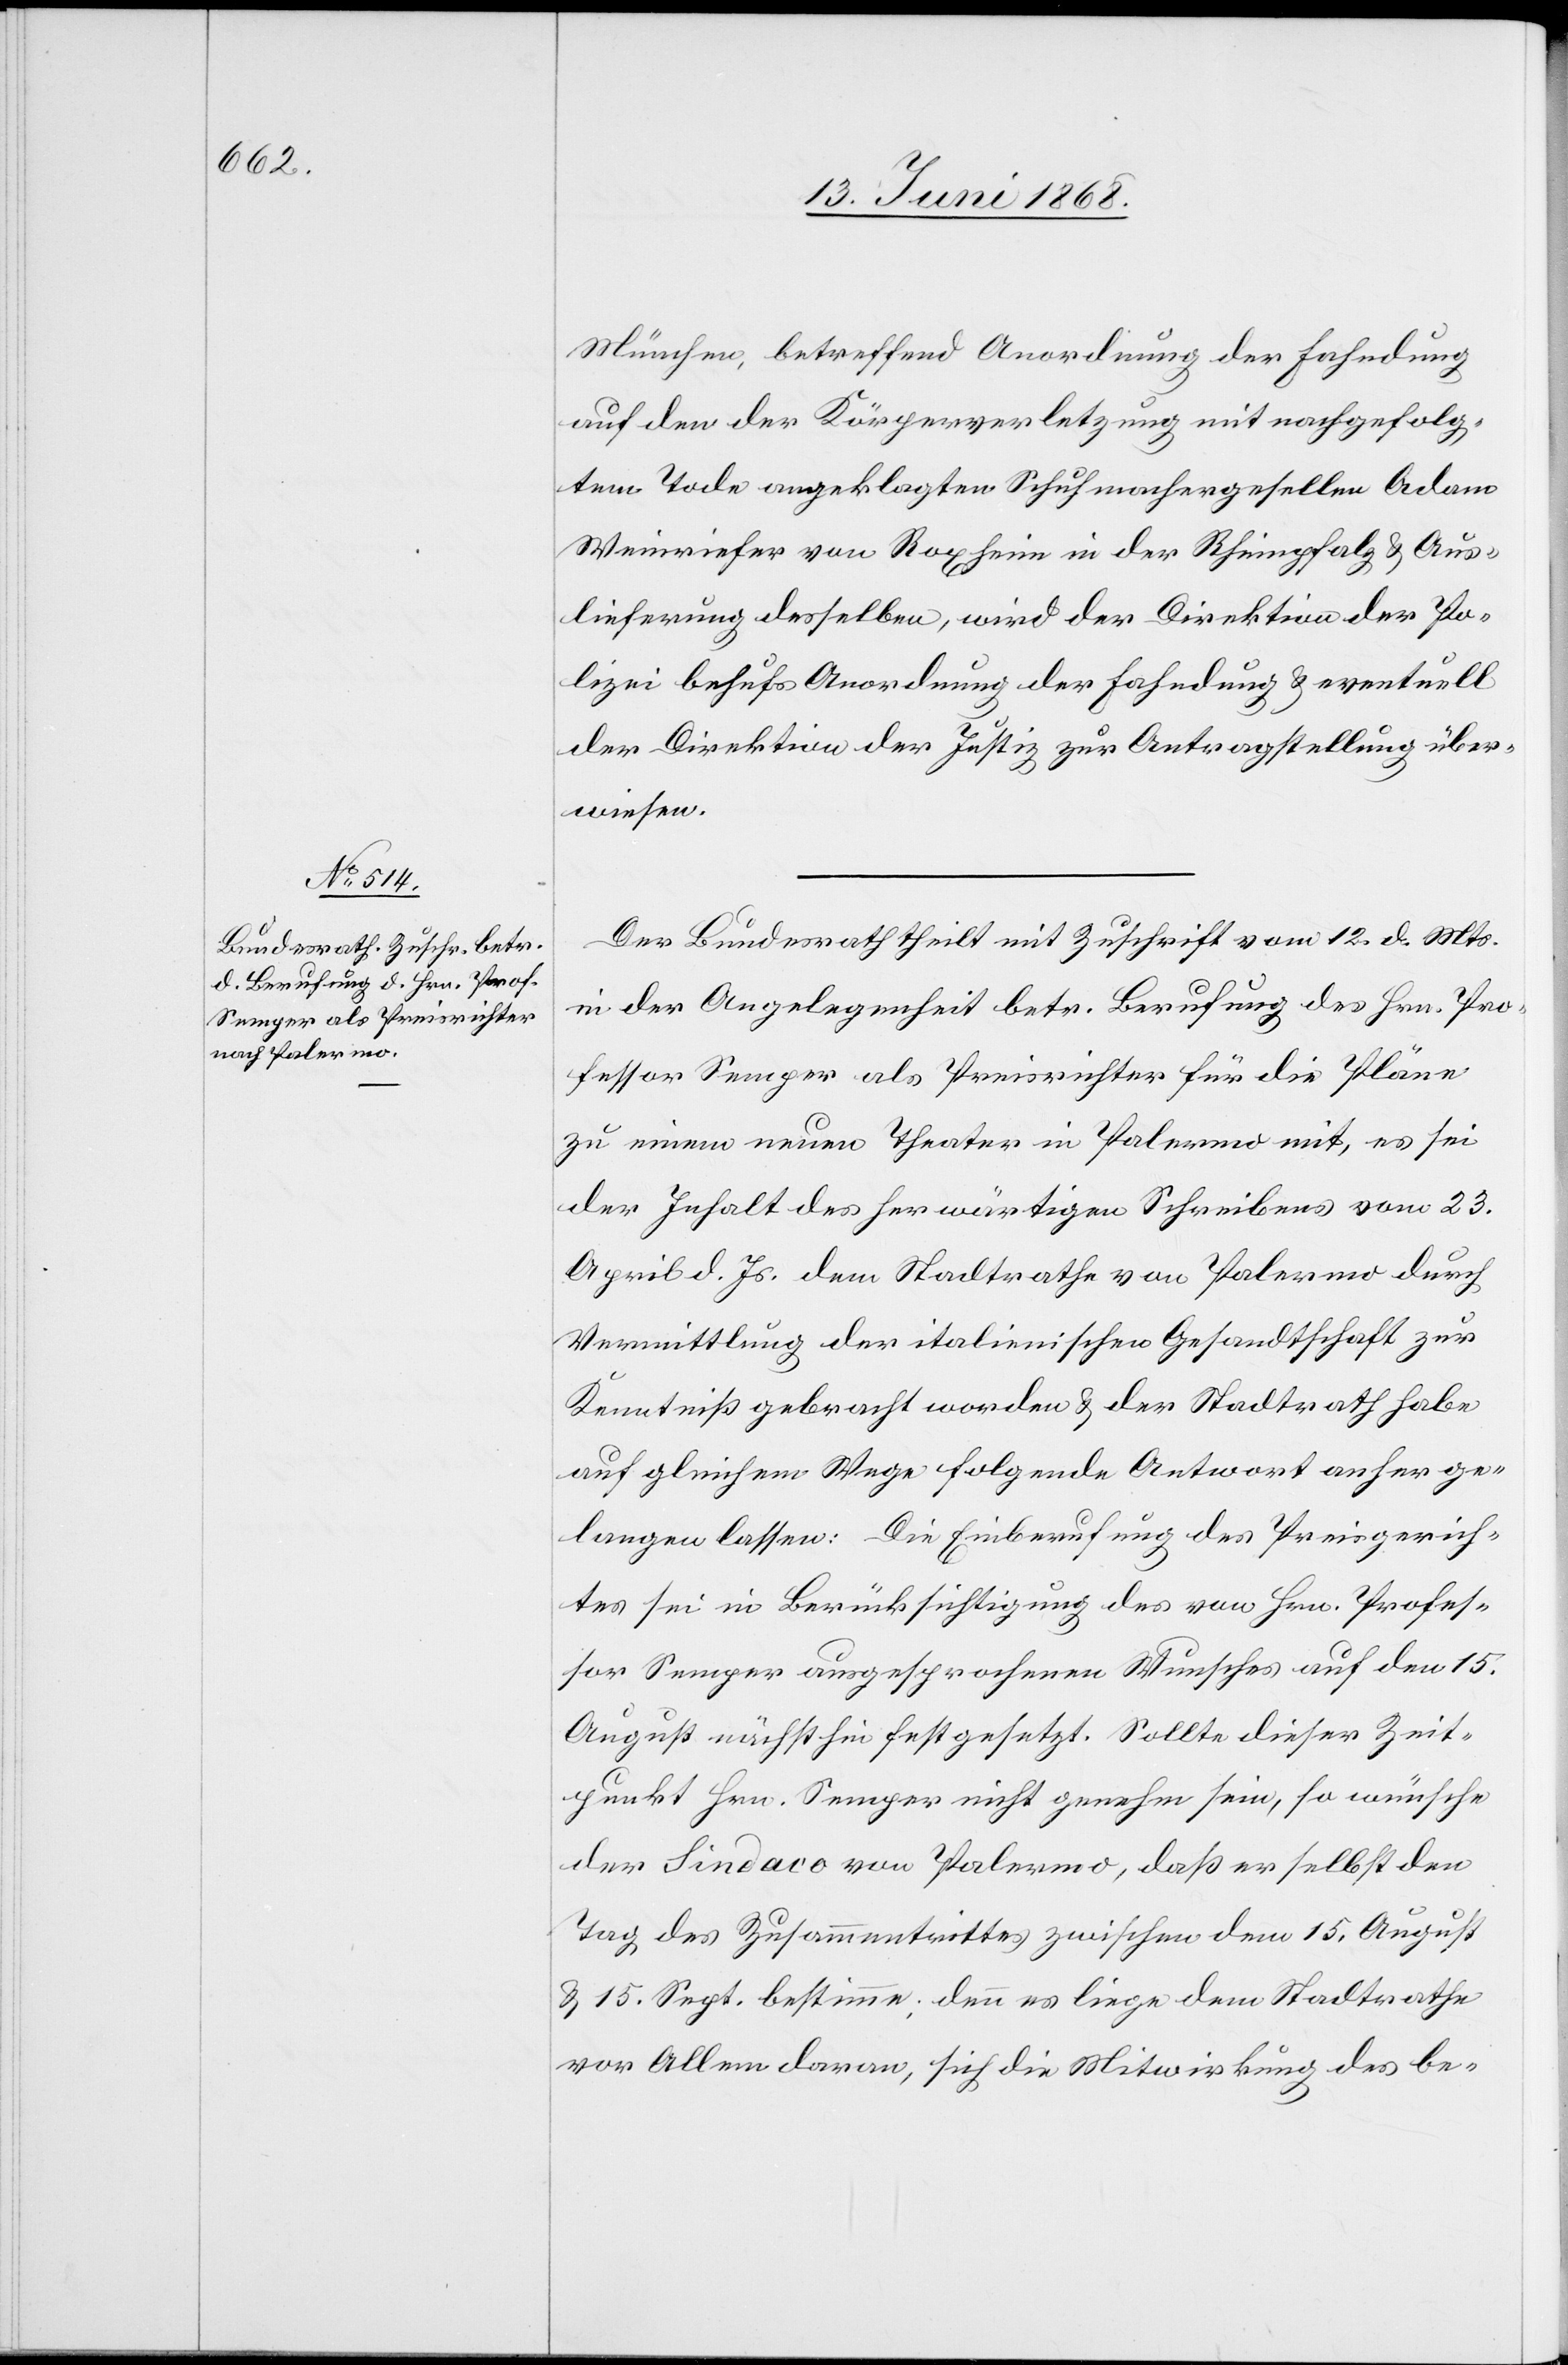
14. Juni 1868.]
München, betreffend Anordnung der Fahndung
auf den der Körperverletzung mit nachgefolg¬
tem Tode angeklagten Schuhmachergesellen Adam
Weinriefer von Roxheim in der Rheinpfalz & Aus¬
lieferung desselben, wird der Direktion der Po¬
lizei behufs Anordnung der Fahndung & eventuell
der Direktion der Justiz zur Antragstellung über¬
wiesen.
Der Bundesrath theilt mit Zuschrift vom 12. d. Mts.
in der Angelegenheit betr. Berufung des Hrn. Pro¬
fessor Semper als Preisrichter für die Pläne
zu einem neuen Theater in Palermo mit, es sei
der Inhalt des herwärtigen Schreibens vom 23.
April d. Js. dem Stadtrathe von Palermo durch
Vermittlung der italienischen Gesandtschaft zur
Kenntniß gebracht worden & der Stadtrath habe
auf gleichem Wege folgende Antwort anher ge¬
langen lassen: Die Einberufung des Preisgerich¬
tes sei in Berücksichtigung des von Hrn. Profes¬
sor Semper ausgesprochenen Wunsches auf den 15.
August nächsthin festgesetzt. Sollte dieser Zeit¬
punkt Hrn. Semper nicht genehm sein, so wünsche
der Sindaco von Palermo, daß er selbst den
Tag des Zusammentrittes zwischen dem 15. August
& 15. Sept. bestimme; denn es liege dem Stadtrathe
vor Allem daran, sich die Mitwirkung des be-